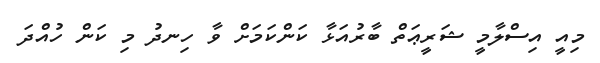
މިއީ އިސްލާމީ ޝަރީޢަތް ބާރުއަޅާ ކަންކަމަށް ވާ ހިނދު މި ކަން ހުއްދަ